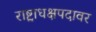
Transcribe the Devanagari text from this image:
राष्ट्राधक्षपदावर